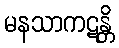
မနသာကဋန္တိ